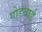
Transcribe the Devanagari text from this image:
गोड़बाई